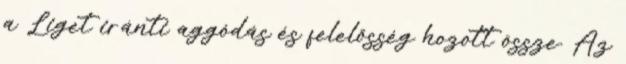
a Liget iránti aggódás és felelősség hozott össze. Az